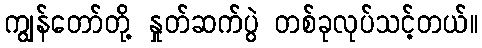
ကျွန်တော်တို့ နှုတ်ဆက်ပွဲ တစ်ခုလုပ်သင့်တယ်။